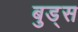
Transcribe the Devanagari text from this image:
बुड्‌स